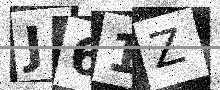
Text: J61Z